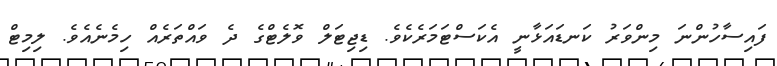
ފައިސާހުންނަ މިންވަރު ކަނޑައަޅާނީ އެކަސްޓަމަރެކެވެ. ޑިޖިޓަލް ވޮލެޓްގެ ދެ ވައްތަރެއް ހިމެނެއެވެ. ލިމިޓް